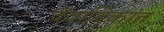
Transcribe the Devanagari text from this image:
देवादिकांत